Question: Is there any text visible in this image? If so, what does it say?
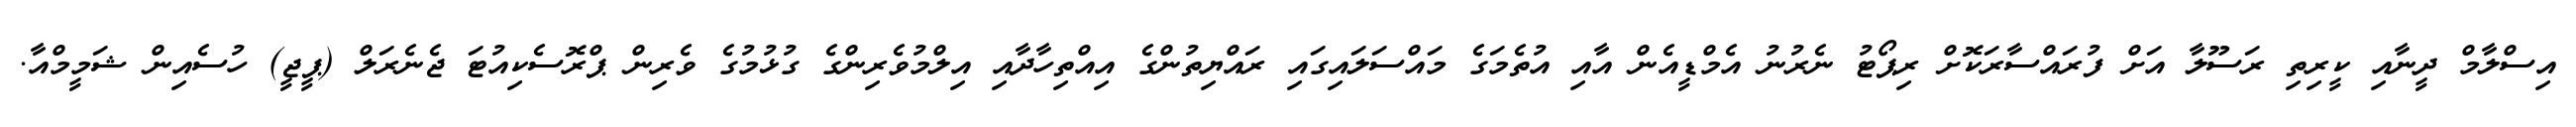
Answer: އިސްލާމް ދީނާއި ކީރިތި ރަސޫލާ އަށް ފުރައްސާރަކޮށް ރިޕޯޓު ނެރުނު އެމްޑީއެން އާއި އުތެމަގެ މައްސަލައިގައި ރައްޔިތުންގެ އިއްތިހާދާއި އިލްމުވެރިންގެ ގުޅުމުގެ ވެރިން ޕްރޮސެކިއުޓަ ޖެނެރަލް (ޕީޖީ) ހުސެއިން ޝަމީމްއާ.